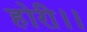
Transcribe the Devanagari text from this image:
होरी।।